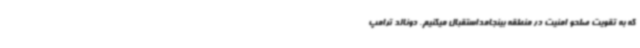
که به تقویت صلحو امنیت در منطقه بینجامداستقبال میکنیم. دونالد ترامپ